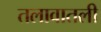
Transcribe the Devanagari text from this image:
तलावातली